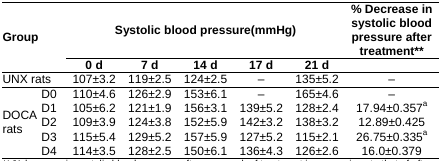
<table><thead><tr><td rowspan="3" colspan="2"><b>Group</b></td><td colspan="5"><b>Systolic blood pressure(mmHg)</b></td><td><b>% Decrease in systolic blood pressure after treatment**</b></td></tr><tr><td><b>0 d</b></td><td><b>7 d</b></td><td><b>14 d</b></td><td><b>17 d</b></td><td><b>21 d</b></td><td></td></tr></thead><tbody><tr><td colspan="2">UNX rats</td><td>107±3.2</td><td>119±2.5</td><td>124±2.5</td><td>–</td><td>135±5.2</td><td>–</td></tr><tr><td rowspan="5">DOCA rats</td><td>D0</td><td>110±4.6</td><td>126±2.9</td><td>153±6.1</td><td>–</td><td>165±4.6</td><td>–</td></tr><tr><td>D1</td><td>105±6.2</td><td>121±1.9</td><td>156±3.1</td><td>139±5.2</td><td>128±2.4</td><td>17.94±0.357<sup>a</sup></td></tr><tr><td>D2</td><td>109±3.9</td><td>124±3.8</td><td>152±5.9</td><td>142±3.2</td><td>138±3.2</td><td>12.89±0.425</td></tr><tr><td>D3</td><td>115±5.4</td><td>129±5.2</td><td>157±5.9</td><td>127±5.2</td><td>115±2.1</td><td>26.75±0.335<sup>a</sup></td></tr><tr><td>D4</td><td>114±3.5</td><td>128±2.5</td><td>150±6.1</td><td>136±4.3</td><td>126±2.6</td><td>16.0±0.379</td></tr></tbody></table>